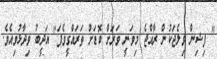
" ފިޝިން ވިލެޖަކުން ރާއްޖެ މިވަނީ ވަރަށް ބޮޑަށް ތަރައްގީވެފަ" އަދީބު ވިދާޅުވިއެވެ.